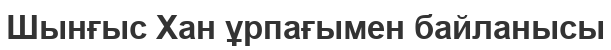
Шынғыс Хан ұрпағымен байланысы